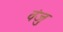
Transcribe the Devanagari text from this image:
वंजु